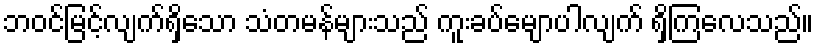
ဘဝင်မြင့်လျက်ရှိသော သံတမန်များသည် ကူးခပ်မျောပါလျက် ရှိကြလေသည်။